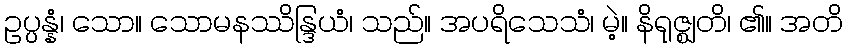
ဥပ္ပန္နံ၊ သော။ သောမနဿိန္ဒြယံ၊ သည်။ အပရိသေသံ၊ မဲ့။ နိရုဇ္ဈတိ၊ ၏။ အတိ